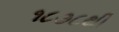
૧૮૭૮થી